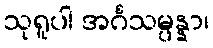
သုရူပါ အင်္ဂသမ္ပန္နာ၊